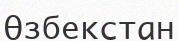
Өзбекстан